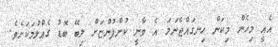
އެއީ މިިހެން މިކަން ހިނގައްޖެނަމަ އެ ވާނީ ކުންފުންޏަށް ލިބޭ ބޮޑު ގެއްލުމަކަށެވެ.